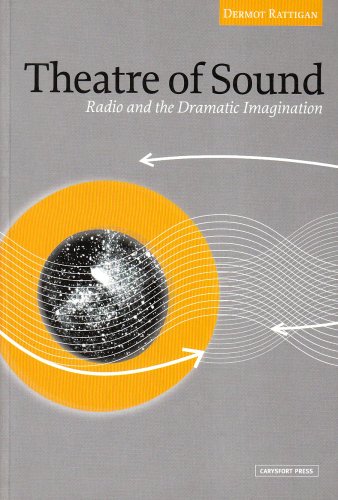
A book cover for Theatre of Sound: Radio and the Dramatic Imagination; Dermot Rattigan; Humor & Entertainment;